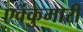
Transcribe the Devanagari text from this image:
एवंकुमारी